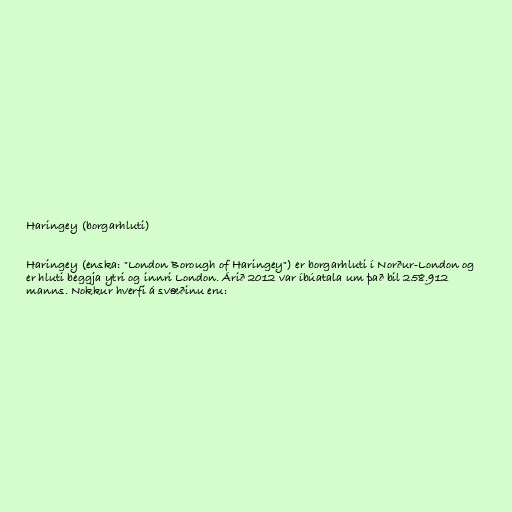
Haringey (borgarhluti)

Haringey (enska: "London Borough of Haringey") er borgarhluti í Norður-London og
er hluti beggja ytri og innri London. Árið 2012 var íbúatala um það bil 258.912
manns. Nokkur hverfi á svæðinu eru: